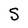
Character: S